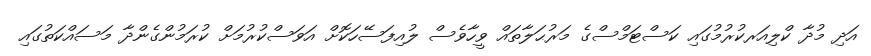
އަދި މުދާ ކްލިއަރކުރުމުގައި ކަސްޓަމްސްގެ މަރުޙަލާތައް ވީހާވެސް ލުއިފަސޭހަކޮށް އަވަސްކުރުމަށް ކުރަމުންގެންދާ މަސައްކަތުގައި